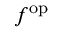
f ^ { \mathrm { o p } }